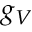
g _ { V }